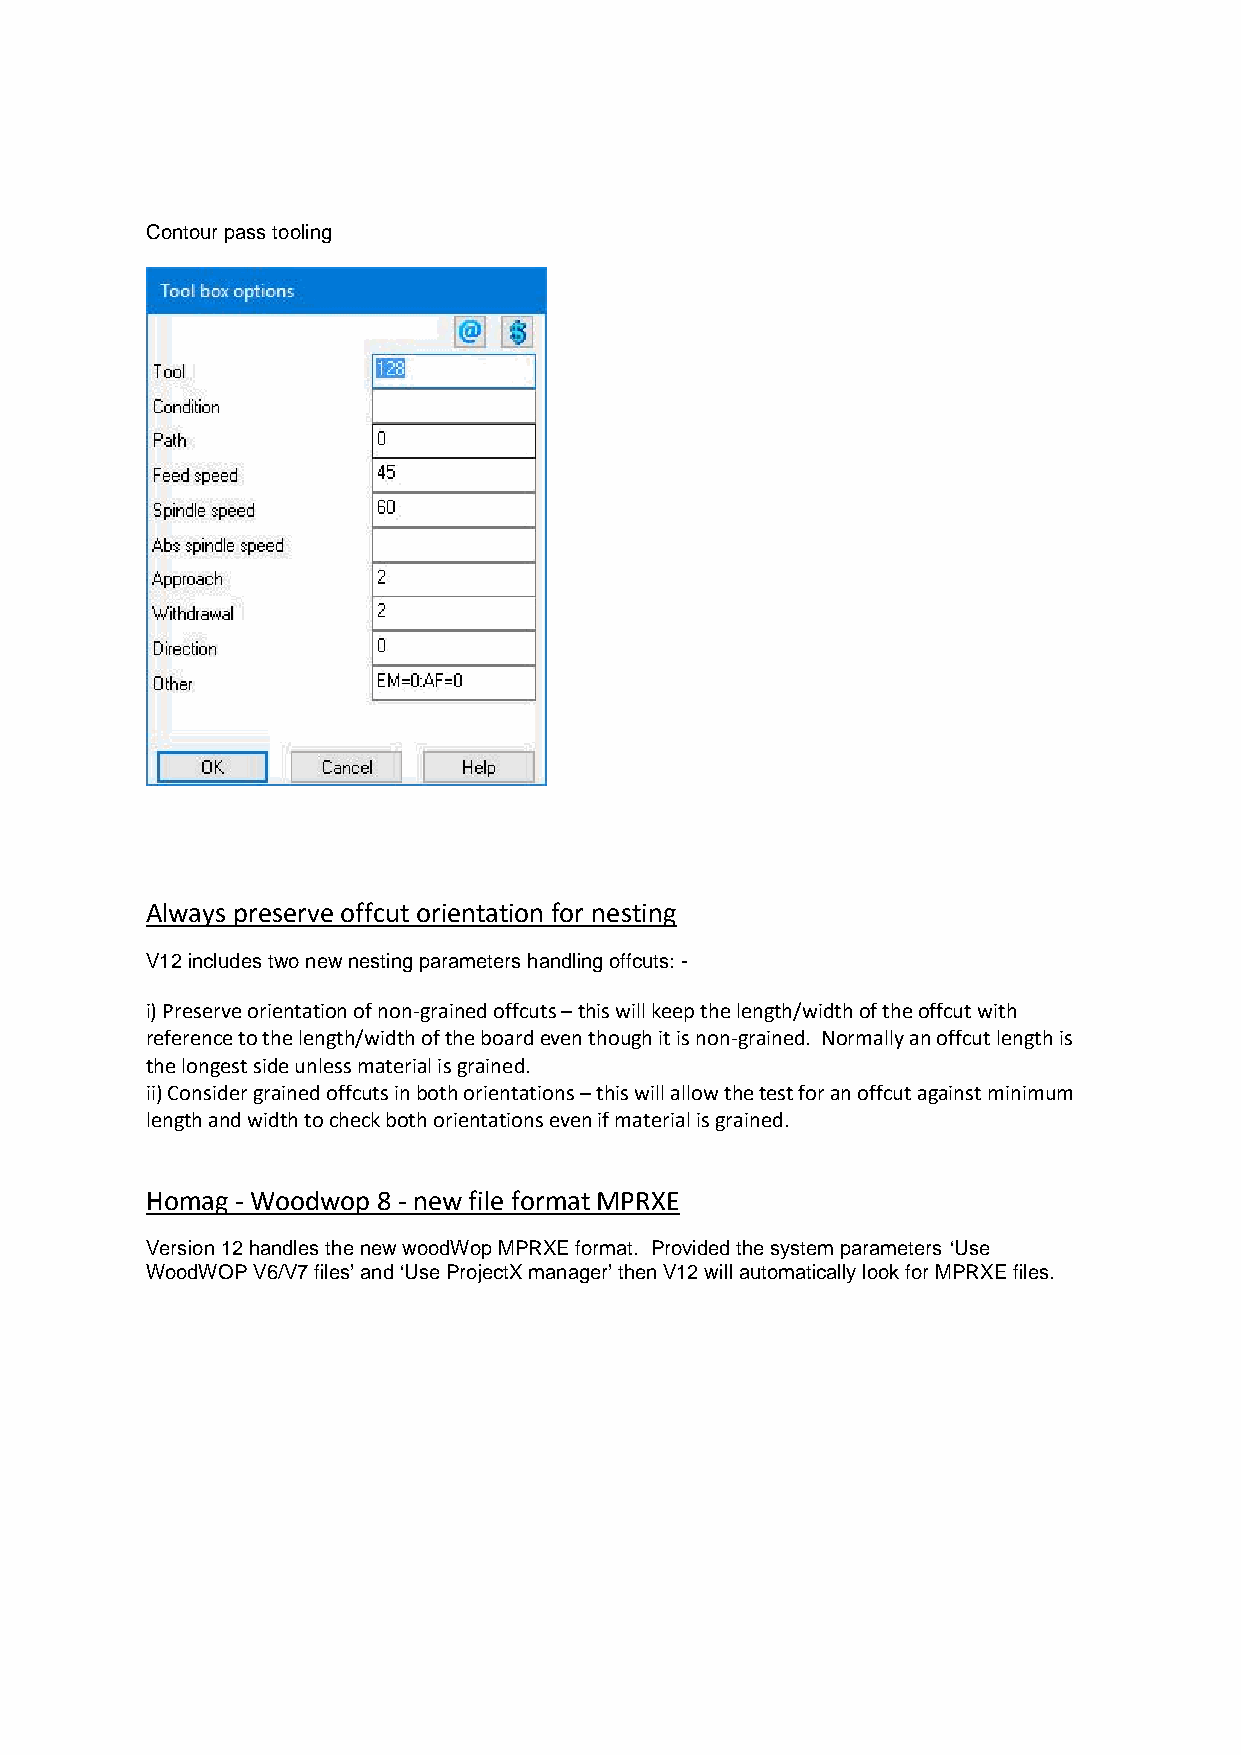
Contour pass tooling
 Always preserve offcut orientation for nesting
 V12 includes two new nestingparameters handling offcuts:-
 i) Preserve orientation of non-grained offcuts–this will keep the length/width of the offcut with
 reference to the length/width of the boardeven though it is non-grained. Normally an offcut length is
 the longest side unless material is grained.
 ii) Consider grained offcuts in both orientations–this will allow the test for an offcut against minimum
 length and width to check both orientations even if material is grained.
 Homag - Woodwop 8 - new file format MPRXE
 Version 12 handles the new woodWop MPRXE format. Provided the system parameters ‘Use
 WoodWOP V6/V7 files’ and ‘Use ProjectX manager’ then V12 will automatically look for MPRXE files.